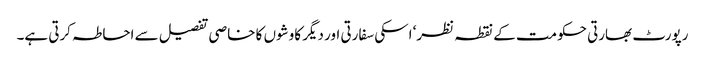
رپورٹ بھارتی حکومت کے نقطہ نظر‘ اسکی سفارتی اور دیگر کاوشوں کا خاصی تفصیل سے احاطہ کرتی ہے۔